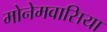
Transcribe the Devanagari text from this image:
मोनेमवासिया